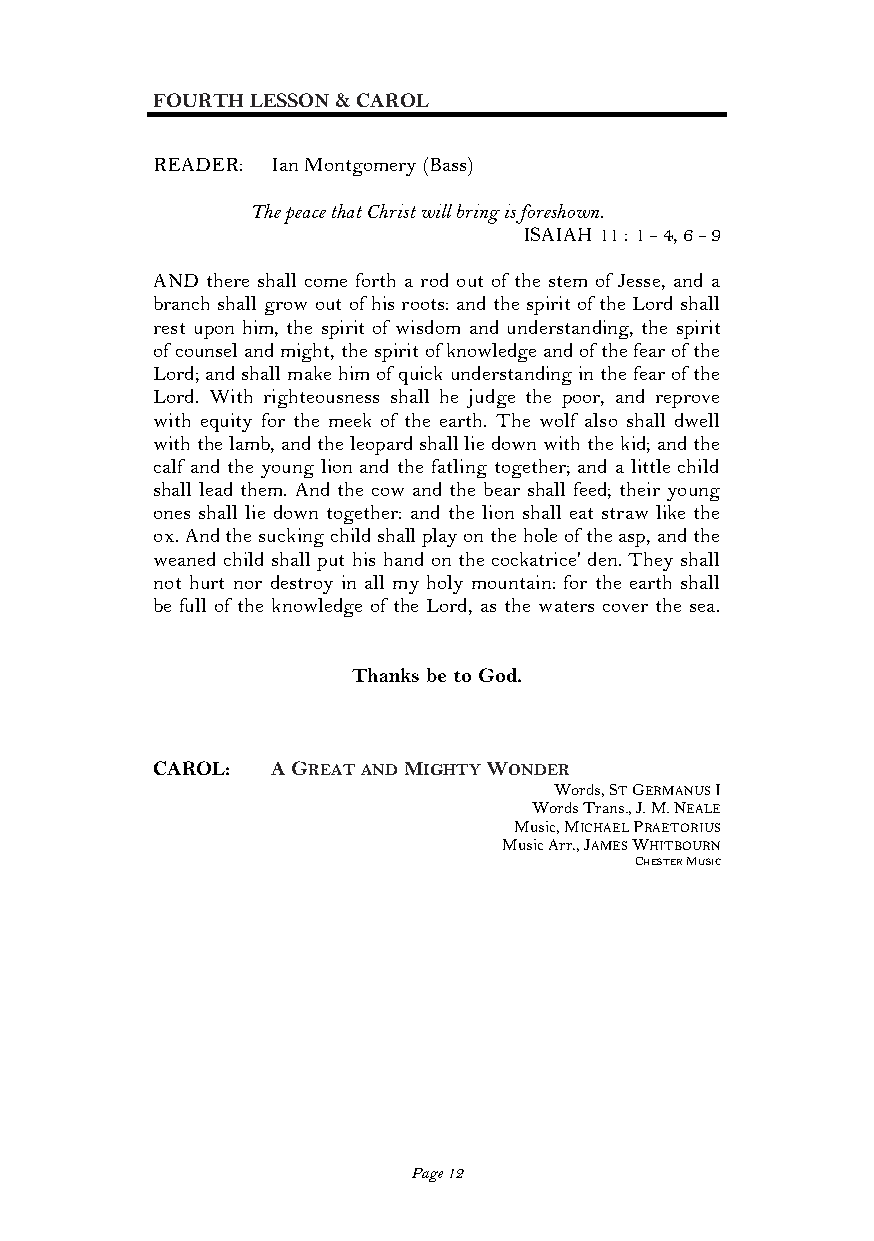
FOURTH LESSON & CAROL
 READER: Ian Montgomery (Bass)
 The peace that Christ will bring is foreshown.
 ISAIAH 11 : 1 - 4, 6 - 9
 AND there shall come forth a rod out of the stem of Jesse, and a
 branch shall grow out of his roots: and the spirit of the Lord shall
 rest upon him, the spirit of wisdom and understanding, the spirit
 of counsel and might, the spirit of knowledge and of the fear of the
 Lord; and shall make him of quick understanding in the fear of the
 Lord. With righteousness shall he judge the poor, and reprove
 with equity for the meek of the earth. The wolf also shall dwell
 with the lamb, and the leopard shall lie down with the kid; and the
 calf and the young lion and the fatling together; and a little child
 shall lead them. And the cow and the bear shall feed; their young
 ones shall lie down together: and the lion shall eat straw like the
 ox. And the sucking child shall play on the hole of the asp, and the
 weaned child shall put his hand on the cockatrice' den. They shall
 not hurt nor destroy in all my holy mountain: for the earth shall
 be full of the knowledge of the Lord, as the waters cover the sea.
 Thanks be to God.
 CAROL:  A GREAT AND MIGHTY WONDER
 Words, ST GERMANUS I
 Words Trans., J. M. NEALE
 Music, MICHAEL PRAETORIUS
 Music Arr., JAMES WHITBOURN
 CHESTER MUSIC
 Page 12